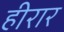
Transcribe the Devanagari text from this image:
हीरार